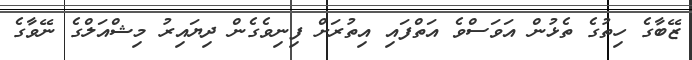
ޒޭބާގެ ހިތުގެ ތެޅުން އަވަސްވެ އަތްފައި އިތުރަށް ފިނިވެގެން ދިޔައިރު މިޝްއަލްގެ ނޭވާގެ